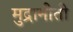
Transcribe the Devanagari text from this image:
मुद्रानीती